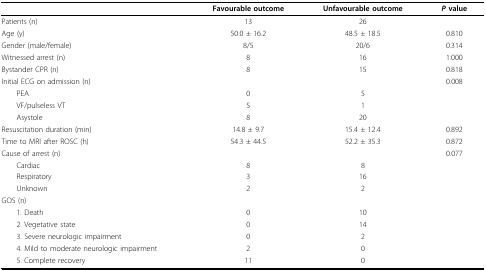
|  | Favourable outcome | Unfavourable outcome | P value |
 | --- | --- | --- | --- |
 | Patients (n) | 13 | 26 |  |
 | Age (y) | 50.0 ± 16.2 | 48.5 ± 18.5 | 0.810 |
 | Gender (male/female) | 8/5 | 20/6 | 0.314 |
 | Witnessed arrest (n) | 8 | 16 | 1.000 |
 | Bystander CPR (n) | 8 | 15 | 0.818 |
 | Initial ECG on admission (n) |  |  | 0.008 |
 | PEA | 0 | 5 |  |
 | VF/pulseless VT | 5 | 1 |  |
 | Asystole | 8 | 20 |  |
 | Resuscitation duration (min) | 14.8 ± 9.7 | 15.4 ± 12.4 | 0.892 |
 | Time to MRI after ROSC (h) | 54.3 ± 44.5 | 52.2 ± 35.3 | 0.872 |
 | Cause of arrest (n) |  |  | 0.077 |
 | Cardiac | 8 | 8 |  |
 | Respiratory | 3 | 16 |  |
 | Unknown | 2 | 2 |  |
 | GOS (n) |  |  |  |
 | 1. Death | 0 | 10 |  |
 | 2. Vegetative state | 0 | 14 |  |
 | 3. Severe neurologic impairment | 0 | 2 |  |
 | 4. Mild to moderate neurologic impairment | 2 | 0 |  |
 | 5. Complete recovery | 11 | 0 |  |